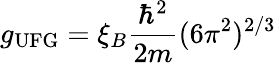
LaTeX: g_{\mathrm{UFG}}=\xi_{B}\frac{\hbar^{2}}{2m}(6\pi^{2})^{2/3}